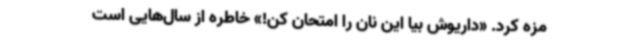
مزه کرد. «داریوش بیا این نان را امتحان کن!» خاطره از سال‌هایی است